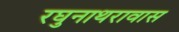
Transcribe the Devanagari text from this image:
रघुनाथरावास